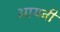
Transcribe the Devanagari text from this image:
आयवी